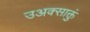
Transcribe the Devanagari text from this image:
उअक्साक्तुं